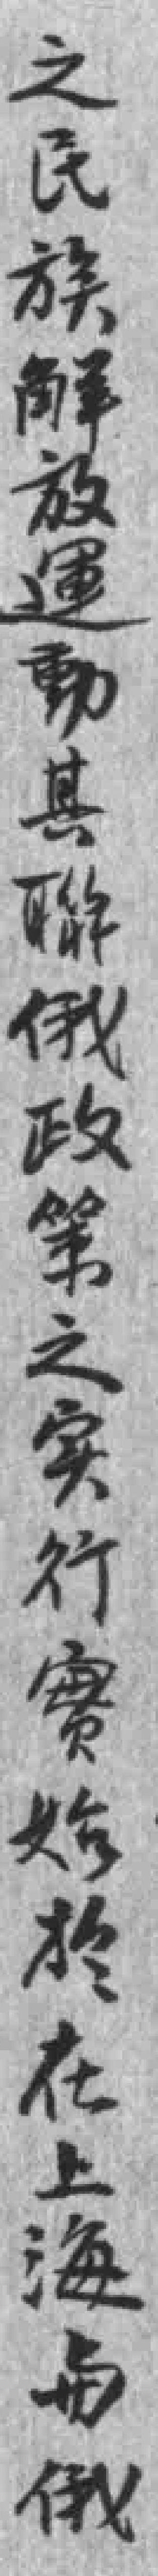
之民族觧放運動其聯俄政策之实行實始於在上海与俄